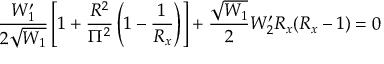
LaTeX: \frac { W _ { 1 } ^ { \prime } } { 2 \sqrt { W _ { 1 } } } \left[ 1 + \frac { R ^ { 2 } } { \Pi ^ { 2 } } \left( 1 - \frac { 1 } { R _ { x } } \right) \right] + \frac { \sqrt { W _ { 1 } } } { 2 } W _ { 2 } ^ { \prime } R _ { x } ( R _ { x } - 1 ) = 0